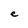
Character: e